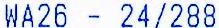
WA26 - 24/288